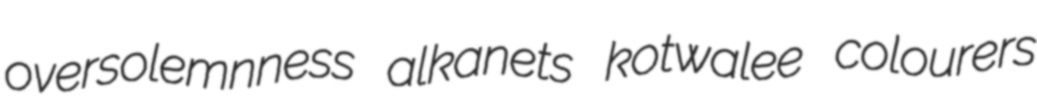
oversolemnness alkanets kotwalee colourers